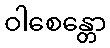
ဝါစေန္တော